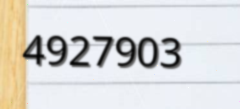
4927903